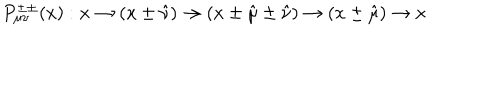
P _ { \mu \nu } ^ { \pm \pm } ( x ) : x \rightarrow ( x \pm \hat { \nu } ) \rightarrow ( x \pm \hat { \mu } \pm \hat { \nu } ) \rightarrow ( x \pm \hat { \mu } ) \rightarrow x